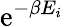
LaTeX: \mathrm{e}^{-\beta E_{i}}